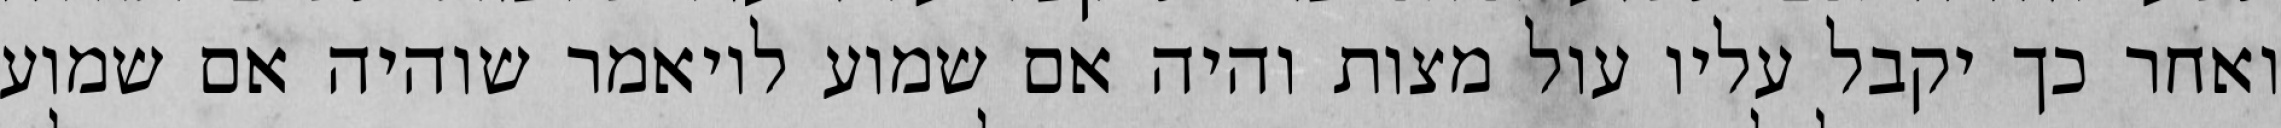
ואחר כך יקבל עליו עול מצות והיה אם שמוע לויאמר שוהיה אם שמוע